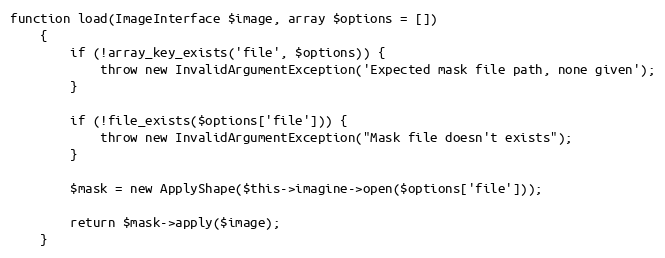
Language: PHP
function load(ImageInterface $image, array $options = [])
    {
        if (!array_key_exists('file', $options)) {
            throw new InvalidArgumentException('Expected mask file path, none given');
        }

        if (!file_exists($options['file'])) {
            throw new InvalidArgumentException("Mask file doesn't exists");
        }

        $mask = new ApplyShape($this->imagine->open($options['file']));

        return $mask->apply($image);
    }